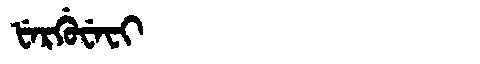
Manchu: ᡶᡝᡵᡤᡠᠸᡝᠸᡳ
Romanization: FERGUWEFI